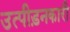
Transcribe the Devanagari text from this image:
उत्पीड़नकारी